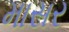
માસર